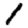
Digit: 1